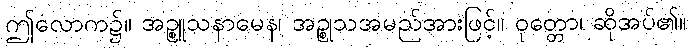
ဤလောက၌။ အဉ္စူသနာမေန၊ အဉ္စုသအမည်အားဖြင့်။ ဝုတ္တော၊ ဆိုအပ်၏။